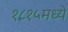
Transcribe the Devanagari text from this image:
१८१५मध्ये